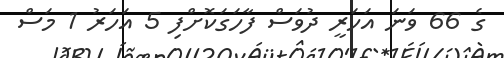
ގެ 66 ވަނަ އަހަރީ ދުވަސް ފާހަގަކޮށްފި 5 އަހަރު 1 މަސް